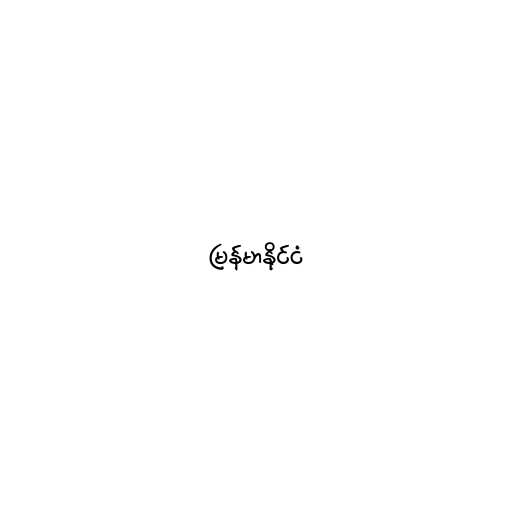
မြန်မာနိုင်ငံ